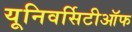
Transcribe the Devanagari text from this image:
यूनिवर्सिटीऑफ